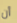
أن